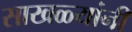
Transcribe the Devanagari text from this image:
साखळ्यांनी